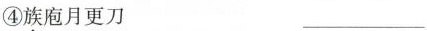
④族庖月更刀 ___